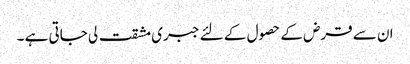
ان سے قرض کے حصول کے لئے جبری مشقت لی جاتی ہے ۔